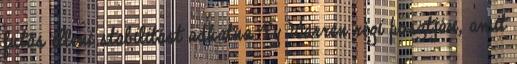
futás elleni stabilitást adhatna Ty Warren régi posztján, amit